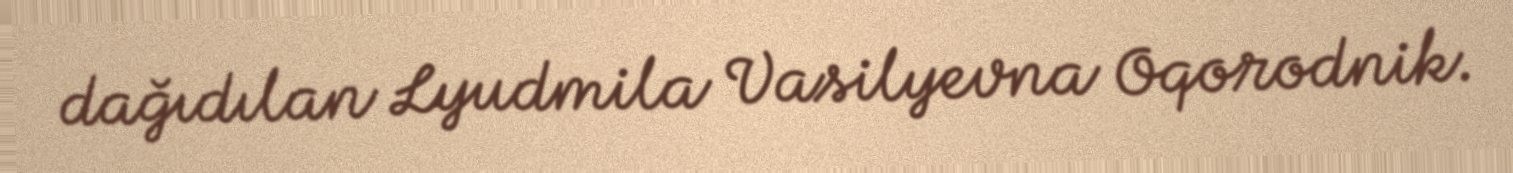
dağıdılan Lyudmila Vasilyevna Oqorodnik.